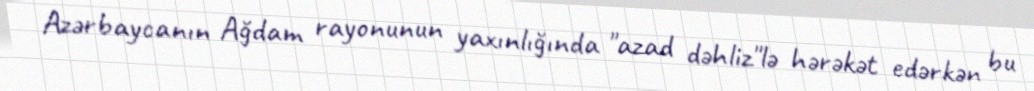
Azərbaycanın Ağdam rayonunun yaxınlığında "azad dəhliz"lə hərəkət edərkən bu